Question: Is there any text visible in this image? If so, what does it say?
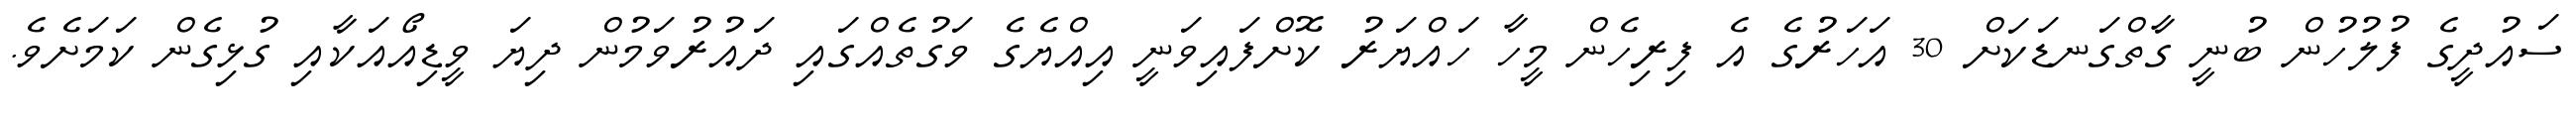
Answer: ސައުދީގެ ފުލުހުން ބުނީ ގާތްގަނޑަކަށް 30 އަހަރުގެ އެ ފިރިހެން މީހާ ހައްޔަރު ކޮށްފައިވަނީ އިއްޔެގެ ވަގުތެއްގައި ދައުރުވަމުން ދިޔަ ވީޑިއޯއަކާއި ގުޅިގެން ކަމަށެވެ.